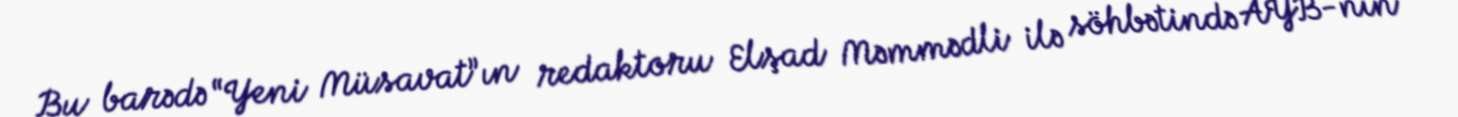
Bu barədə “Yeni Müsavat”ın redaktoru Elşad Məmmədli ilə söhbətində AYB-nin